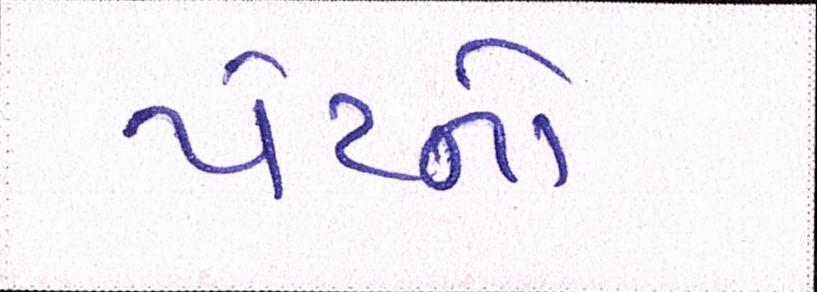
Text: પેટનો